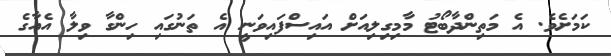
ކަމަށެވެ. އެ މަތިންދާބޯޓު މާމިގިލިއަށް އައިސްފައިވަނީ އެ ތަނުގައި ހިންގާ ވިލާ އެއާގެ